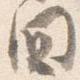
間